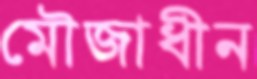
মৌজাধীন